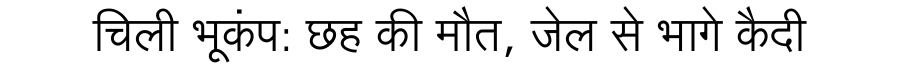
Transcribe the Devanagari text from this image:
चिली भूकंप: छह की मौत, जेल से भागे कैदी